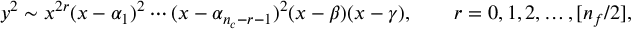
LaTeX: y ^ { 2 } \sim x ^ { 2 r } ( x - \alpha _ { 1 } ) ^ { 2 } \cdots ( x - \alpha _ { n _ { c } - r - 1 } ) ^ { 2 } ( x - \beta ) ( x - \gamma ) , \qquad r = 0 , 1 , 2 , \ldots , [ n _ { f } / 2 ] ,